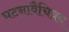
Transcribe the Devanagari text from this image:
घटनावैचित्रय